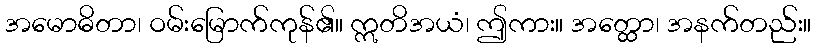
အမောဓိတာ၊ ဝမ်းမြောက်ကုန်၏။ ဣတိအယံ၊ ဤကား။ အတ္ထော၊ အနက်တည်း။